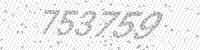
Solution: 753759